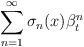
LaTeX: \begin{align*}\sum_{n = 1}^{\infty} \sigma_n(x) \beta^n_t\end{align*}